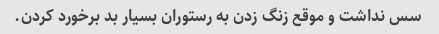
سس نداشت و موقع زنگ زدن به رستوران بسیار بد برخورد کردن.